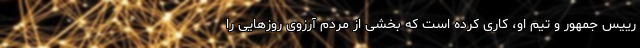
رییس جمهور و تیم او، کاری کرده است که بخشی از مردم آرزوی روزهایی را